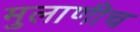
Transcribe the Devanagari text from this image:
मुलाणीच